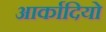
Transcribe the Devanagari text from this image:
आर्कादियो